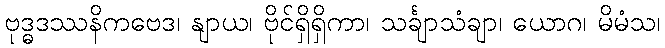
ဗုဒ္ဓဒဿနိကဗေဒ၊ နျာယ၊ ဗိုင်ရှိရှိကာ၊ သင်္ချာသံချာ၊ ယောဂ၊ မိမံသ၊